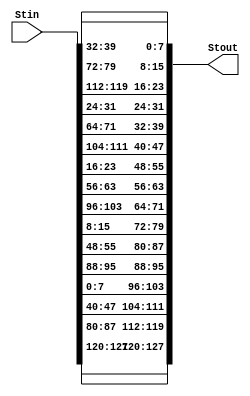
module Shift_rowr(Stin, Stout);

input [0:127] Stin;
output [0:127] Stout;

assign Stout[0:7] = Stin[0:7];
assign Stout[8:15] = Stin[40:47];
assign Stout[16:23] = Stin[80:87];
assign Stout[24:31] = Stin[120:127];

assign Stout[32:39] = Stin[32:39];
assign Stout[40:47] = Stin[72:79];
assign Stout[48:55] = Stin[112:119];
assign Stout[56:63] = Stin[24:31];

assign Stout[64:71] = Stin[64:71];
assign Stout[72:79] = Stin[104:111];
assign Stout[80:87] = Stin[16:23];
assign Stout[88:95] = Stin[56:63];

assign Stout[96:103] = Stin[96:103];
assign Stout[104:111] = Stin[8:15];
assign Stout[112:119] = Stin[48:55];
assign Stout[120:127] = Stin[88:95];

endmodule